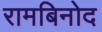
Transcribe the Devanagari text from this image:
रामबिनोद